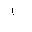
Letter: _alif